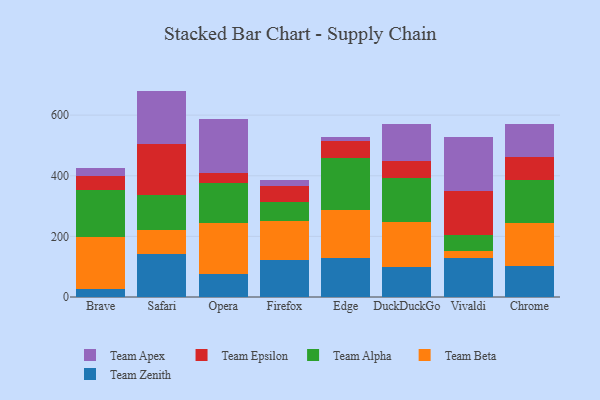
{"axis": {"x": "Browser", "y": "Active Users"}, "legend": ["Team Alpha", "Team Apex", "Team Beta", "Team Epsilon", "Team Zenith"], "data": [{"x": "Brave", "y": 27.0, "type": "Team Zenith"}, {"x": "Brave", "y": 171.5, "type": "Team Beta"}, {"x": "Brave", "y": 154.5, "type": "Team Alpha"}, {"x": "Brave", "y": 45.2, "type": "Team Epsilon"}, {"x": "Brave", "y": 29.0, "type": "Team Apex"}, {"x": "Safari", "y": 140.9, "type": "Team Zenith"}, {"x": "Safari", "y": 81.5, "type": "Team Beta"}, {"x": "Safari", "y": 114.2, "type": "Team Alpha"}, {"x": "Safari", "y": 166.9, "type": "Team Epsilon"}, {"x": "Safari", "y": 176.6, "type": "Team Apex"}, {"x": "Opera", "y": 74.3, "type": "Team Zenith"}, {"x": "Opera", "y": 170.2, "type": "Team Beta"}, {"x": "Opera", "y": 131.9, "type": "Team Alpha"}, {"x": "Opera", "y": 32.4, "type": "Team Epsilon"}, {"x": "Opera", "y": 179.7, "type": "Team Apex"}, {"x": "Firefox", "y": 120.7, "type": "Team Zenith"}, {"x": "Firefox", "y": 131.6, "type": "Team Beta"}, {"x": "Firefox", "y": 61.5, "type": "Team Alpha"}, {"x": "Firefox", "y": 53.8, "type": "Team Epsilon"}, {"x": "Firefox", "y": 20.0, "type": "Team Apex"}, {"x": "Edge", "y": 127.8, "type": "Team Zenith"}, {"x": "Edge", "y": 160.8, "type": "Team Beta"}, {"x": "Edge", "y": 169.3, "type": "Team Alpha"}, {"x": "Edge", "y": 57.6, "type": "Team Epsilon"}, {"x": "Edge", "y": 13.2, "type": "Team Apex"}, {"x": "DuckDuckGo", "y": 100.5, "type": "Team Zenith"}, {"x": "DuckDuckGo", "y": 145.9, "type": "Team Beta"}, {"x": "DuckDuckGo", "y": 146.1, "type": "Team Alpha"}, {"x": "DuckDuckGo", "y": 56.5, "type": "Team Epsilon"}, {"x": "DuckDuckGo", "y": 122.4, "type": "Team Apex"}, {"x": "Vivaldi", "y": 128.6, "type": "Team Zenith"}, {"x": "Vivaldi", "y": 22.5, "type": "Team Beta"}, {"x": "Vivaldi", "y": 54.0, "type": "Team Alpha"}, {"x": "Vivaldi", "y": 143.4, "type": "Team Epsilon"}, {"x": "Vivaldi", "y": 179.5, "type": "Team Apex"}, {"x": "Chrome", "y": 100.9, "type": "Team Zenith"}, {"x": "Chrome", "y": 142.0, "type": "Team Beta"}, {"x": "Chrome", "y": 144.6, "type": "Team Alpha"}, {"x": "Chrome", "y": 73.9, "type": "Team Epsilon"}, {"x": "Chrome", "y": 109.9, "type": "Team Apex"}]}